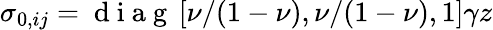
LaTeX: \sigma_{0,ij}=\mathrm{~d~i~a~g~}\, [\nu/(1-\nu),\nu/(1-\nu),1]\gamma z